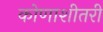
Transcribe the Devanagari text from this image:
कोणाशीतरी